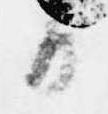
日